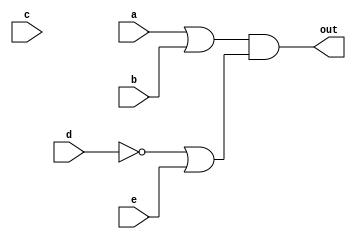
//???_E94084016
//1-4  A + B [ AC + ( B + ~C ) ~D ] + E 
module SOP (out, a, b, c, d, e);

	input a, b, c, d, e;
	output out;

	assign out = (a | b) & ((~d) | e) ; //turn to ( A + B ) * ( ~D + E )

endmodule